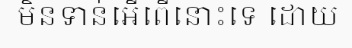
មិនទាន់អើពើនោះទេ ដោយ